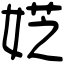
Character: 𡝳